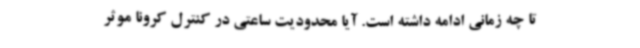
تا چه زمانی ادامه داشته است. آیا محدودیت ساعتی در کنترل کرونا موثر